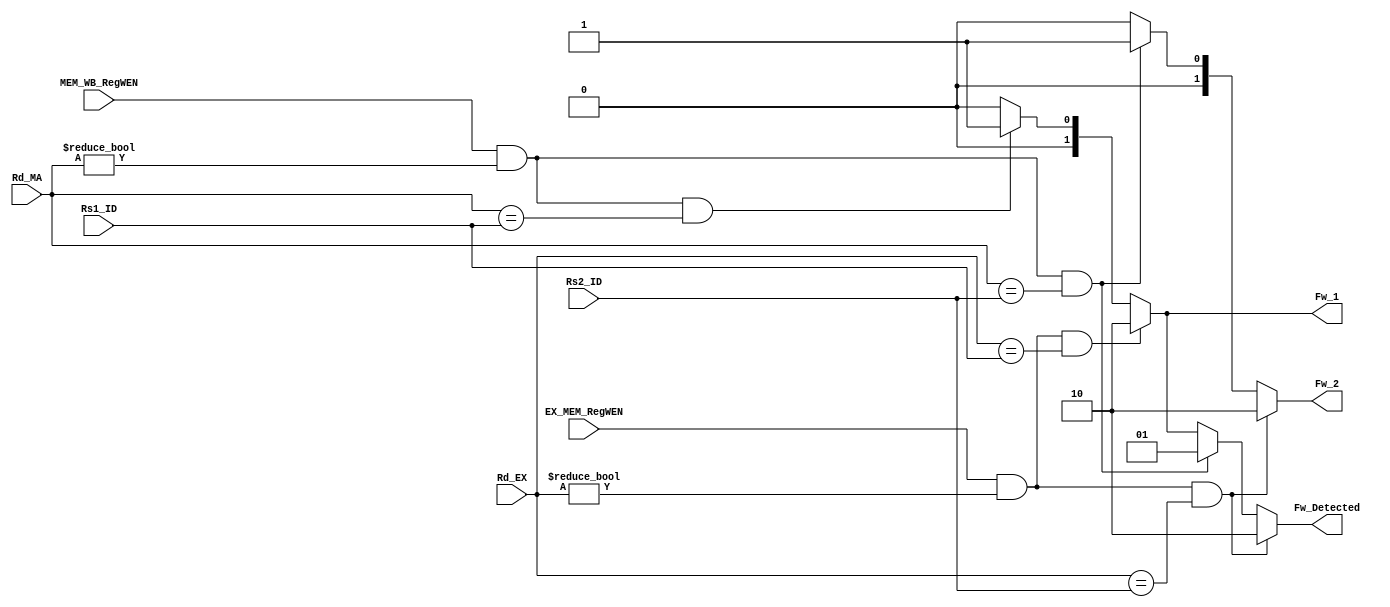
module Forward_Control (
    EX_MEM_RegWEN,
    MEM_WB_RegWEN,
    Rd_MA,
    Rd_EX,
    Rs1_ID,
    Rs2_ID,
    Fw_1,
    Fw_2,
    Fw_Detected
);
/****************** Decleration ******************/
    parameter No_Fw = 2'b00, WB_Fw = 2'b01, MEM_Fw = 2'b10;
    input EX_MEM_RegWEN;
    input MEM_WB_RegWEN;
    input [4:0]Rd_MA;
    input [4:0]Rd_EX;
    input [4:0]Rs1_ID;
    input [4:0]Rs2_ID;
    output reg [1:0]Fw_1;
    output reg [1:0]Fw_2;
    output reg [1:0]Fw_Detected;
    
/****************** Always function ******************/  
    always @(*) begin
        Fw_1 = No_Fw;
        Fw_2 = No_Fw;
        Fw_Detected = 2'b00;
        if(EX_MEM_RegWEN & (Rd_EX != 0) & (Rd_EX == Rs1_ID)) begin
            Fw_1 = MEM_Fw;
            Fw_Detected = 2'b10;
        end else if(MEM_WB_RegWEN & (Rd_MA != 0) & (Rd_MA == Rs1_ID)) begin
            Fw_1 = WB_Fw;
            Fw_Detected = 2'b01;
        end

        if(EX_MEM_RegWEN & (Rd_EX != 0) & (Rd_EX == Rs2_ID)) begin
            Fw_2 = MEM_Fw;
            Fw_Detected = 2'b10;
        end else if(MEM_WB_RegWEN & (Rd_MA != 0) & (Rd_MA == Rs2_ID)) begin
            Fw_2 = WB_Fw;
            Fw_Detected = 2'b01;
        end        
    end
endmodule